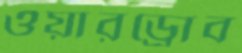
ওয়ারড্রোব